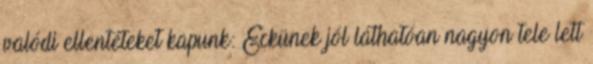
valódi ellentéteket kapunk: Eckünek jól láthatóan nagyon tele lett